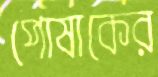
পোষাকের